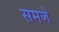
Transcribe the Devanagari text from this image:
समजे